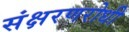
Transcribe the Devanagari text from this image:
संक्षरणरोधी